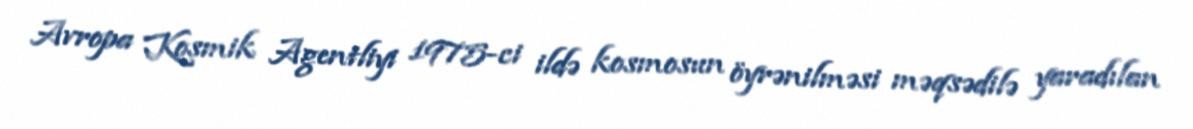
Avropa Kosmik Agentliyi 1975-ci ildə kosmosun öyrənilməsi məqsədilə yaradılan